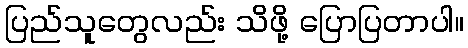
ပြည်သူတွေလည်း သိဖို့ ပြောပြတာပါ။